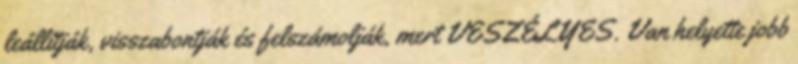
leállítják, visszabontják és felszámolják, mert VESZÉLYES. Van helyette jobb